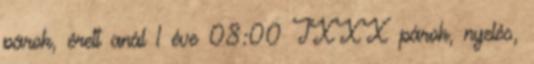
párok, érett anál 1 éve 08:00 TXXX párok, nyelés,